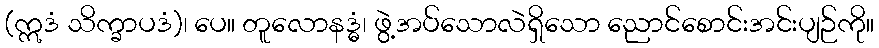
(ဣဒံ သိက္ခာပဒံ)၊ ပေ။ တူလောနဒ္ဓံ၊ ဖွဲ့အပ်သောလဲရှိသော ညောင်စောင်းအင်းပျဉ်ကို။